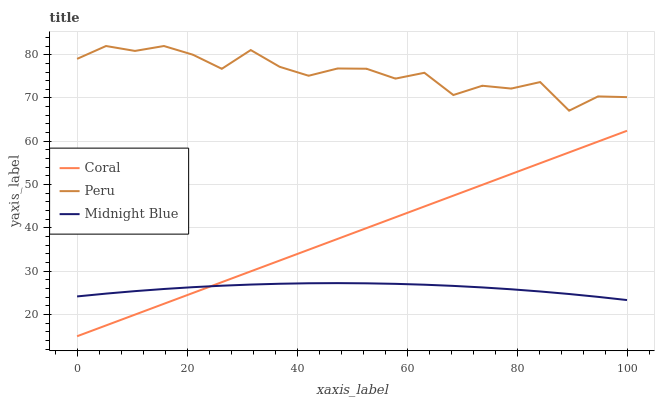
| xaxis_label | Coral | Peru | Midnight Blue |
 | --- | --- | --- | --- |
 | 0 | 15 | 79 | 24.2 |
 | 5.26 | 17.5 | 82 | 24.8 |
 | 10.5 | 20 | 80.9 | 25.4 |
 | 15.8 | 22.5 | 82 | 25.9 |
 | 21.1 | 25 | 80 | 26.3 |
 | 26.3 | 27.5 | 76.7 | 26.7 |
 | 31.6 | 30 | 81.1 | 26.9 |
 | 36.8 | 32.5 | 77.2 | 27.1 |
 | 42.1 | 35 | 75.1 | 27.2 |
 | 47.4 | 37.5 | 76.8 | 27.3 |
 | 52.6 | 40 | 76.8 | 27.2 |
 | 57.9 | 42.5 | 74.5 | 27.1 |
 | 63.2 | 45 | 75.8 | 26.9 |
 | 68.4 | 47.5 | 70.7 | 26.6 |
 | 73.7 | 50 | 72.8 | 26.3 |
 | 78.9 | 52.4 | 72.2 | 25.8 |
 | 84.2 | 54.9 | 73.7 | 25.3 |
 | 89.5 | 57.4 | 67.1 | 24.8 |
 | 94.7 | 59.9 | 70.4 | 24.1 |
 | 100 | 62.4 | 70.2 | 23.4 |